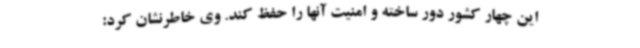
این چهار کشور دور ساخته و امنیت آنها را حفظ کند. وی خاطرنشان کرد: